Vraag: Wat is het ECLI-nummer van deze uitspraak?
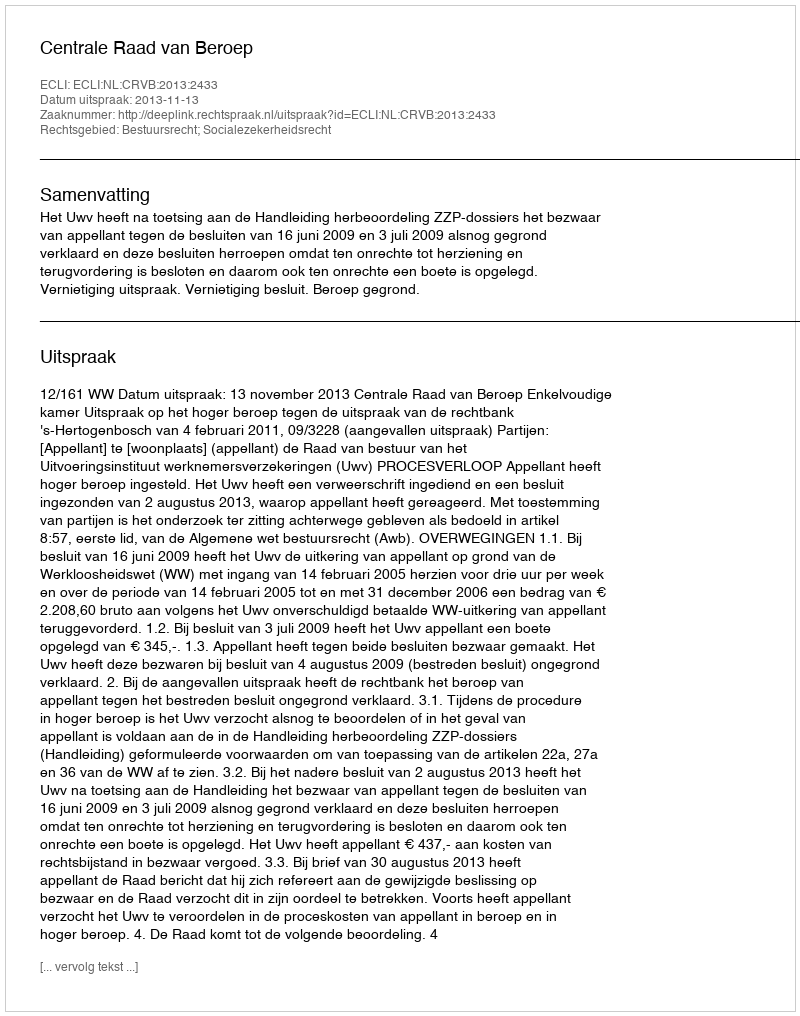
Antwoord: ECLI:NL:CRVB:2013:2433